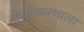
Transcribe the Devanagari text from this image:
एकीकरणाला